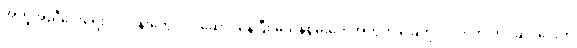
အကူအညီပေးရေးလုပ်ငန်းတွေ လုပ်ဆောင်နေပြီး မသန်စွမ်းတွေအတွက် ခြေတု၊ လက်တု တပ်ဆင်ပေးတဲ့